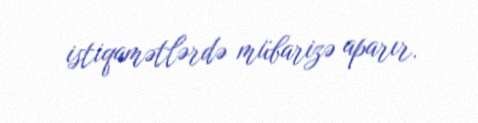
istiqamətlərdə mübarizə aparır.